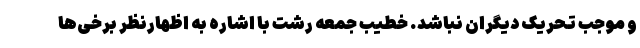
و موجب تحریک دیگران نباشد. خطیب جمعه رشت با اشاره به اظهارنظر برخی‌ها